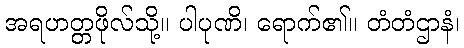
အရဟတ္တဖိုလ်သို့။ ပါပုဏိ၊ ရောက်၏။ တံတံဌာနံ၊